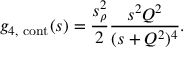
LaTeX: g _ { 4 , \mathrm { \scriptsize ~ c o n t } } ( s ) = \frac { s _ { \rho } ^ { 2 } } { 2 } \frac { s ^ { 2 } Q ^ { 2 } } { ( s + Q ^ { 2 } ) ^ { 4 } } .